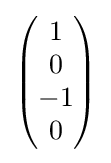
{\begin{pmatrix}1\\0\\-1\\0\end{pmatrix}}